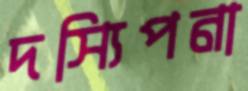
দস্যিপনা